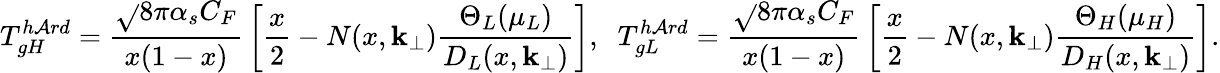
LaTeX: T_{gH}^{h\mathcal{A}rd}={\frac{{\sqrt{}{{8\pi\alpha_{s}C_{F}}}}}{{x(1-x)}}}\left[{\frac{{x}}{{2}}}-N(x,{\mathbf{k}}_{\perp}){\frac{{\Theta_{L}(\mu_{L})}}{{D_{L}(x,{\mathbf{k}}_{\perp})}}}\right],\; \; T_{gL}^{h\mathcal{A}rd}={\frac{{\sqrt{}{{8\pi\alpha_{s}C_{F}}}}}{{x(1-x)}}}\left[{\frac{{x}}{{2}}}-N(x,{\mathbf{k}}_{\perp}){\frac{{\Theta_{H}(\mu_{H})}}{{D_{H}(x,{\mathbf{k}}_{\perp})}}}\right].